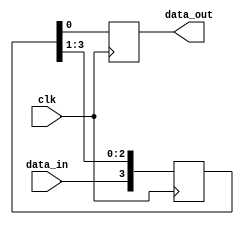
module SISO_reg(
    input data_in,
    input clk,
	  output reg data_out
    );
    
     reg [3:0]q;
	 
	 always@(posedge clk)
	 begin
		q[3] <= data_in;
		q[2] <= q[3];
		q[1] <= q[2];
		q[0] <= q[1];
	data_out <= q[0];
	 end
endmodule